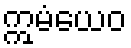
ဣမံယေဝ